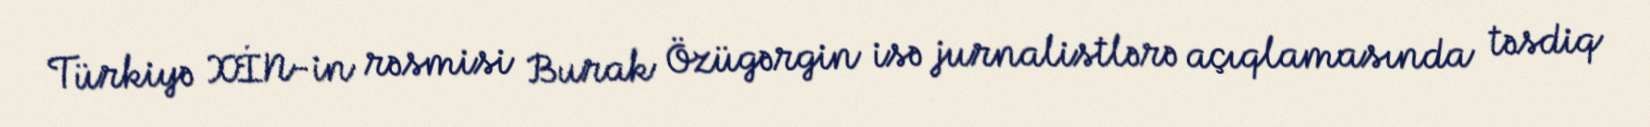
Türkiyə XİN-in rəsmisi Burak Özügərgin isə jurnalistlərə açıqlamasında təsdiq